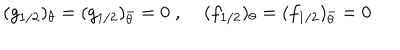
( g _ { 1 / 2 } ) _ { \theta } = ( g _ { 1 / 2 } ) _ { \bar { \theta } } = 0 \; , \; ( f _ { 1 / 2 } ) _ { \theta } = ( f _ { 1 / 2 } ) _ { \bar { \theta } } = 0